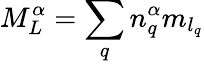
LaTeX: {M}_{L}^{\alpha}=\sum_{q}{n}_{q}^{\alpha}{m}_{{l}_{q}}